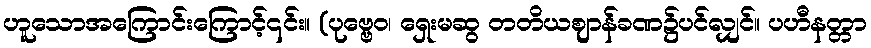
ဟူသောအကြောင်းကြောင့်၎င်း။ (ပုဗ္ဗေဝ၊ ရှေးမဆွ တတိယဈာန်ခဏ၌ပင်လျှင်။ ပဟီနတ္တာ